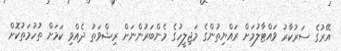
އޭރުގެ ސަރުކާރު ވައްޓާލުމަށް ރައްޔިތުންގެ މަޖިލީހުގެ މެންބަރުންނަށް ރިޝްވަތު ދެއްވި ކަމަށް ތުހުމަތުކޮށް